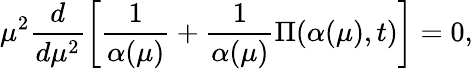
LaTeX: \mu^{2}\frac{d}{d\mu^{2}}\left[\frac{1}{\alpha(\mu)}+\frac{1}{\alpha(\mu)}\Pi(\alpha(\mu),t)\right]=0,